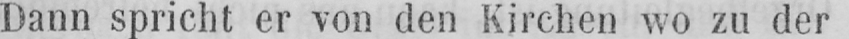
Dann spricht er von den Kirchen wo zu der